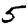
Digit: 5